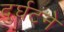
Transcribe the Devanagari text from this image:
दुर्घटने